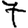
Digit: 7